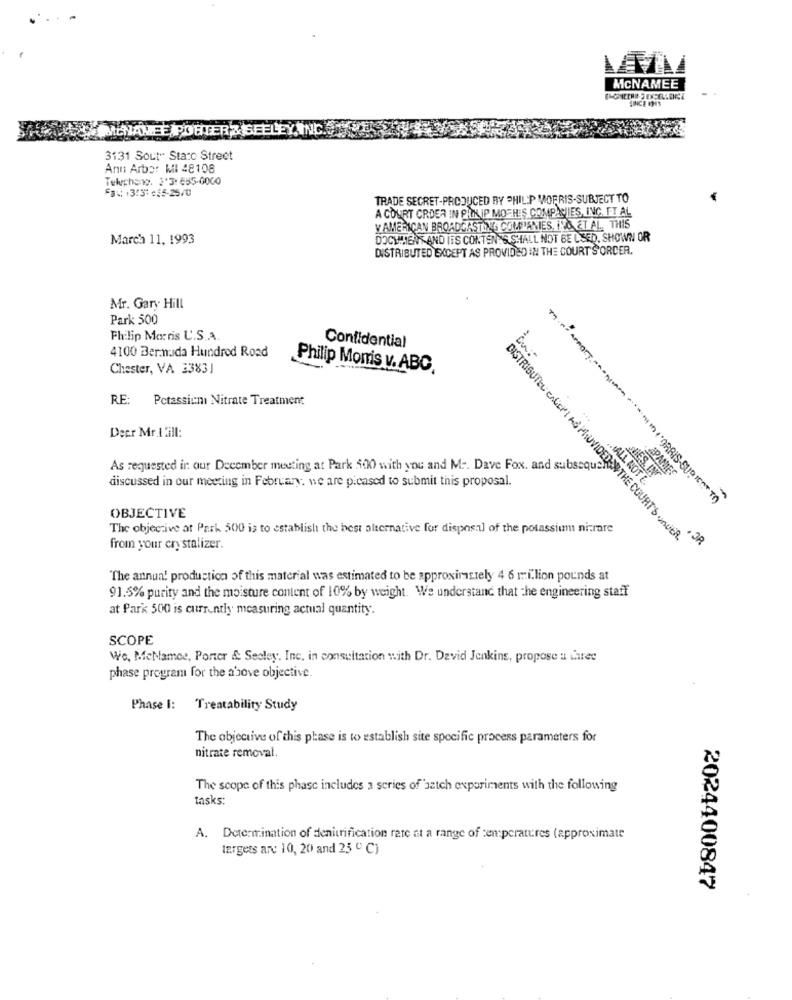
MCNAMEE
LINCE INS
MCNAMEE POBTER?
3131 SOut" State Street
Ann Arbor MI 48108
Telchang. 3'3: 685-0000
FB% +313: 15-25/0
TRADE SECRET-PRODUCED BY PHILIP MORRIS-SUBJECT TO
A COURT ORDER IN PILKIP MOTH'S COMPANIES, INC. TT AL
Y AMERICAN BROADCASTING COMPANIES, INO ET AL. THIS
March 11, 1993
DOCUMENT AND ITS CONTENTS SHALL NOT BE USED. SHOWN OR
DISTRIBUTED EXCEPT AS PROVIDED IN THE COURT S'ORDER.
Mr. Gary Hill
Park 500
Philip Morris U.S.A.
4100 Bermuda Hundred Road
Confidential
RAPPORT.
Chester, VA 23831
Philip Morris v. ABC.
RE: Potassicni Nitrate Treatment
Decr Mr.I ill:
As requested in our December meeting at Park 500 with you and Mr. Dave Fox. and subsequ
discussed in our meeting in February. we are picased to submit this proposal.
.. ALL NOT E.
NIES, ING
APANIES
. . . . . ORRIS-GUD IT TO
OBJECTIVE
The objective at Park 500 is to establish the best alternative for disposal of the potassium nirare
DISTRIBUTEL CACOPI AS PROVIDED > THE COURT'S vonDER.
from your cry stalizer.
The annua! production of this material was estimated to be approximately 4 6 million pounds at
91.5% purity and the moisture content of 10% by weight. We understand that the engineering staff
at Park 500 is currently measuring actual quantity.
SCOPE
We, MeMamee, Porter & Seeley. Inc. in consultation with Dr. David Jenkins, propose u taree
phase program for the above objective.
Phase I: Treatability Study
The objective of this phase is to establish site specific process parameters for
nitrate removal.
The scope of this phase includes a series of batch experiments with the following
tasks:
A. Determination of denitrification rate at a range of temperatures (approximate
targets are 10, 20 and 25 º C)
2024400847